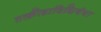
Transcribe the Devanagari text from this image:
तत्क्रीडाविधिर्यथा